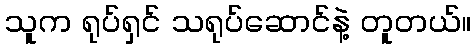
သူက ရုပ်ရှင် သရုပ်ဆောင်နဲ့ တူတယ်။